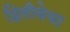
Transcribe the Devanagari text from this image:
द्वितीयेचा